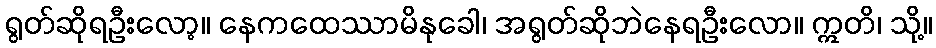
ရွတ်ဆိုရဦးလော့။ နေကထေဿာမိနုခေါ၊ အရွတ်ဆိုဘဲနေရဦးလော။ ဣတိ၊ သို့။